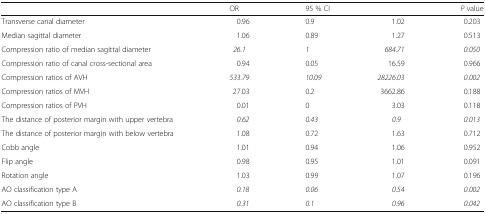
|  | OR | <COLSPAN=2> 95 % CI | P value |
 | --- | --- | --- | --- | --- |
 | Transverse canal diameter | 0.96 | 0.9 | 1.02 | 0.203 |
 | Median sagittal diameter | 1.06 | 0.89 | 1.27 | 0.513 |
 | Compression ratio of median sagittal diameter | 26.1 | 1 | 684.71 | 0.050 |
 | Compression ratio of canal cross-sectional area | 0.94 | 0.05 | 16.59 | 0.966 |
 | Compression ratios of AVH | 533.79 | 10.09 | 28226.03 | 0.002 |
 | Compression ratios of MVH | 27.03 | 0.2 | 3662.86 | 0.188 |
 | Compression ratios of PVH | 0.01 | 0 | 3.03 | 0.118 |
 | The distance of posterior margin with upper vertebra | 0.62 | 0.43 | 0.9 | 0.013 |
 | The distance of posterior margin with below vertebra | 1.08 | 0.72 | 1.63 | 0.712 |
 | Cobb angle | 1.01 | 0.94 | 1.06 | 0.952 |
 | Flip angle | 0.98 | 0.95 | 1.01 | 0.091 |
 | Rotation angle | 1.03 | 0.99 | 1.07 | 0.196 |
 | AO classification type A | 0.18 | 0.06 | 0.54 | 0.002 |
 | AO classification type B | 0.31 | 0.1 | 0.96 | 0.042 |